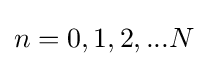
n=0,1,2,...N